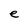
Character: e